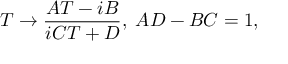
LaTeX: T \rightarrow \frac { A T - i B } { i C T + D } , \; A D - B C = 1 ,